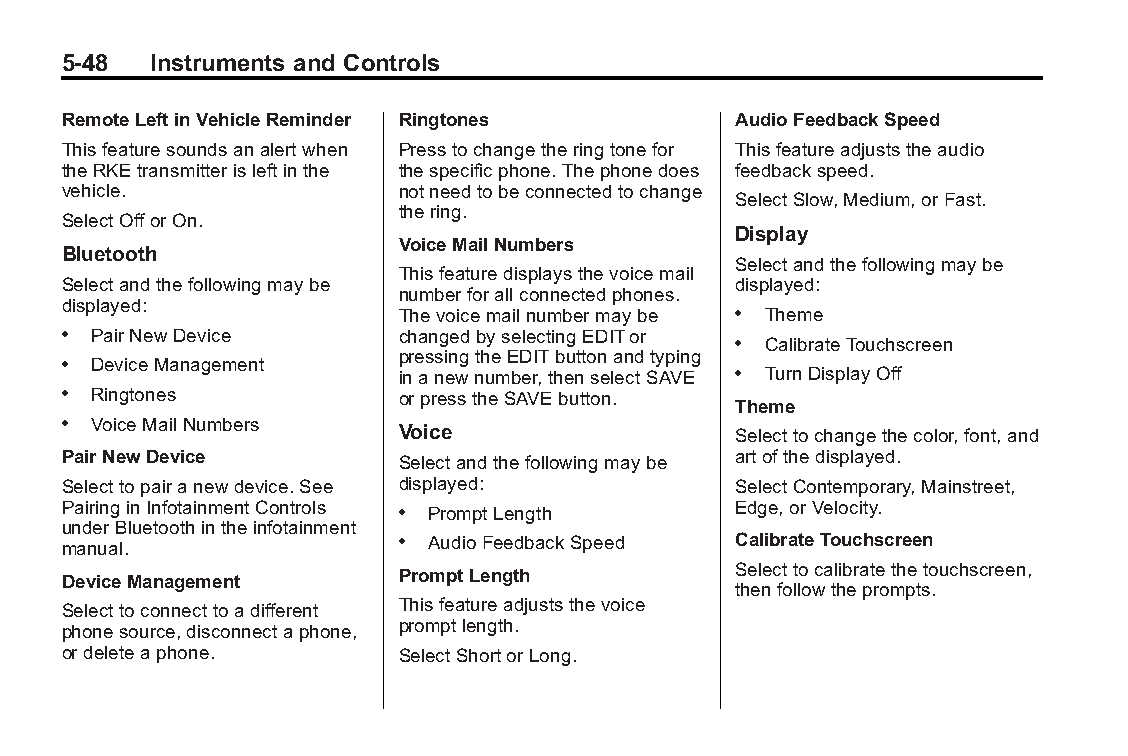
Buick LaCrosse Owner Manual (GMNA-Localizing-U.S./Canada/Mexico- Blackplate(48,1)
 6043609)-2014-2ndEdition-10/17/13
 5-48  Instruments and Controls
 RemoteLeftinVehicleReminder Ringtones       AudioFeedbackSpeed
 Thisfeaturesoundsanalertwhen Presstochangetheringtonefor Thisfeatureadjuststheaudio
 theRKEtransmitterisleftinthe thespecificphone.Thephonedoes feedbackspeed.
 vehicle.              notneedtobeconnectedtochange
 SelectSlow,Medium,orFast.
 thering.
 SelectOfforOn.
 Display
 VoiceMailNumbers
 Bluetooth
 Selectandthefollowingmaybe
 Thisfeaturedisplaysthevoicemail
 Selectandthefollowingmaybe                  displayed:
 numberforallconnectedphones.
 displayed:
 Thevoicemailnumbermaybe . Theme
 . PairNewDevice       changedbyselectingEDITor
 . CalibrateTouchscreen
 pressingtheEDITbuttonandtyping
 . DeviceManagement
 inanewnumber,thenselectSAVE . TurnDisplayOff
 . Ringtones           orpresstheSAVEbutton.
 Theme
 . VoiceMailNumbers
 Voice                 Selecttochangethecolor,font,and
 PairNewDevice         Selectandthefollowingmaybe artofthedisplayed.
 Selecttopairanewdevice.See displayed:       SelectContemporary,Mainstreet,
 PairinginInfotainmentControls . PromptLength Edge,orVelocity.
 underBluetoothintheinfotainment
 manual.               . AudioFeedbackSpeed  CalibrateTouchscreen
 DeviceManagement      PromptLength          Selecttocalibratethetouchscreen,
 thenfollowtheprompts.
 Selecttoconnecttoadifferent Thisfeatureadjuststhevoice
 phonesource,disconnectaphone, promptlength.
 ordeleteaphone.       SelectShortorLong.